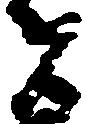
者